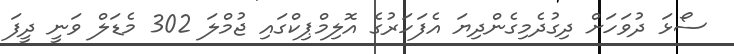
ސޯޅަ ދުވަހަށް ދިގުދެމިގެންދިޔަ އެފަހަރުގެ އޮލިމްޕިކްގައި ޖުމްލަ 302 މެޑަލް ވަނީ ދީފަ